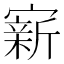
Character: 𪧭